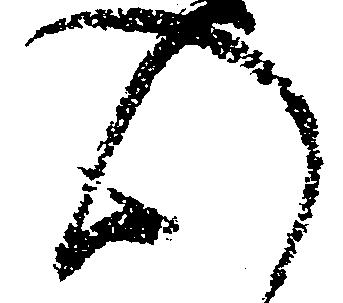
心